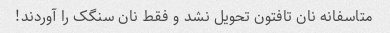
متاسفانه نان تافتون تحویل نشد و فقط نان سنگک را آوردند!